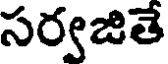
సర్వజితే